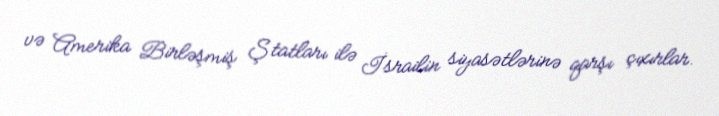
və Amerika Birləşmiş Ştatları ilə İsrailin siyasətlərinə qarşı çıxırlar.